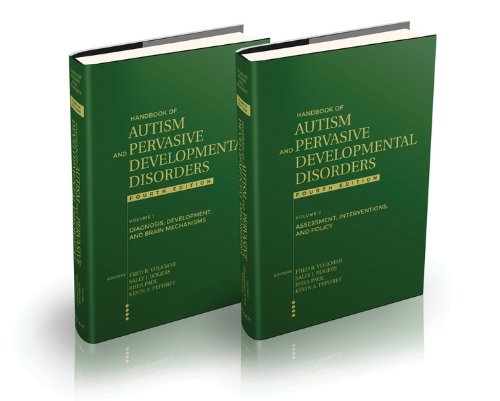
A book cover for Handbook of Autism and Pervasive Developmental Disorders, 2 Volume Set; Fred R. Volkmar; Medical Books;